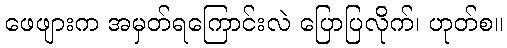
ဖေဖျားက အမှတ်ရကြောင်းလဲ ပြောပြလိုက်၊ ဟုတ်စ။